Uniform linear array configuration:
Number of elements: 32
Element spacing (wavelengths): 0.25
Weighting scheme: hamming
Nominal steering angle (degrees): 45
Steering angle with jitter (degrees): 43.256
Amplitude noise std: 0.05
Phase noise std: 0.05

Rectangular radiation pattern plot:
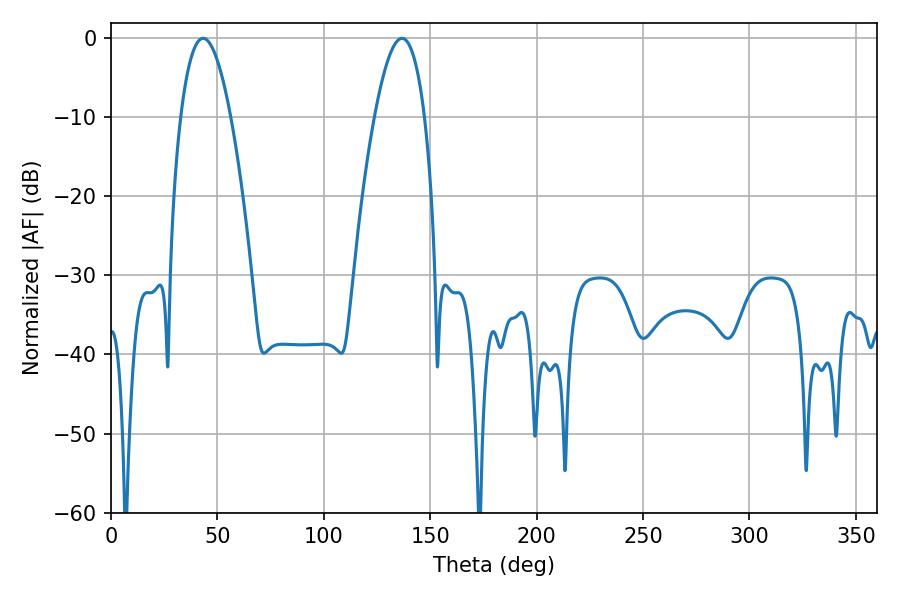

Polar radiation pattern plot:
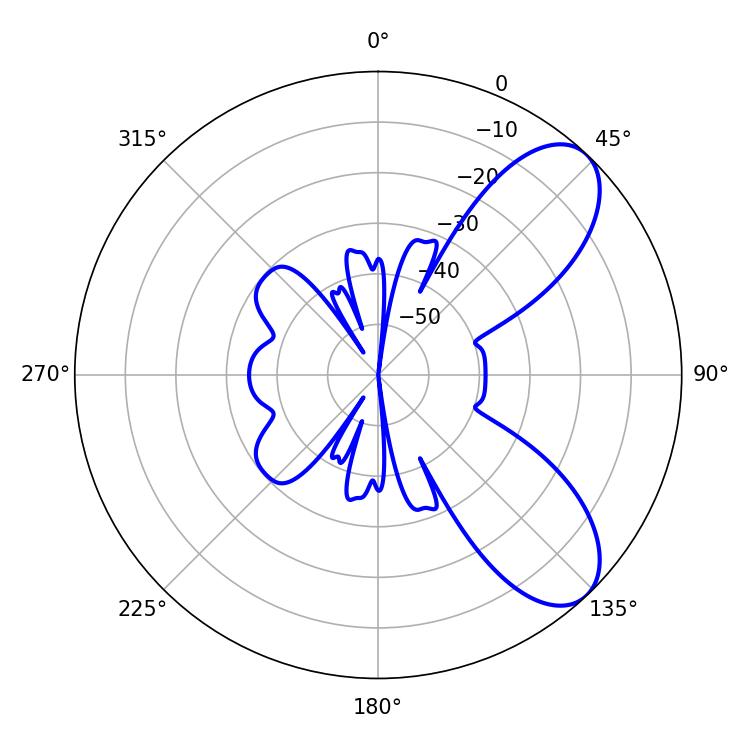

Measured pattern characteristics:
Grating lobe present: FALSE
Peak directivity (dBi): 7.769
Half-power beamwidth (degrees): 12.78
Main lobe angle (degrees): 43.2